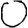
Digit: 0